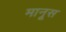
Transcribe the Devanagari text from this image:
मानूस